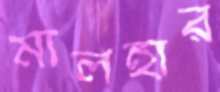
মালহার